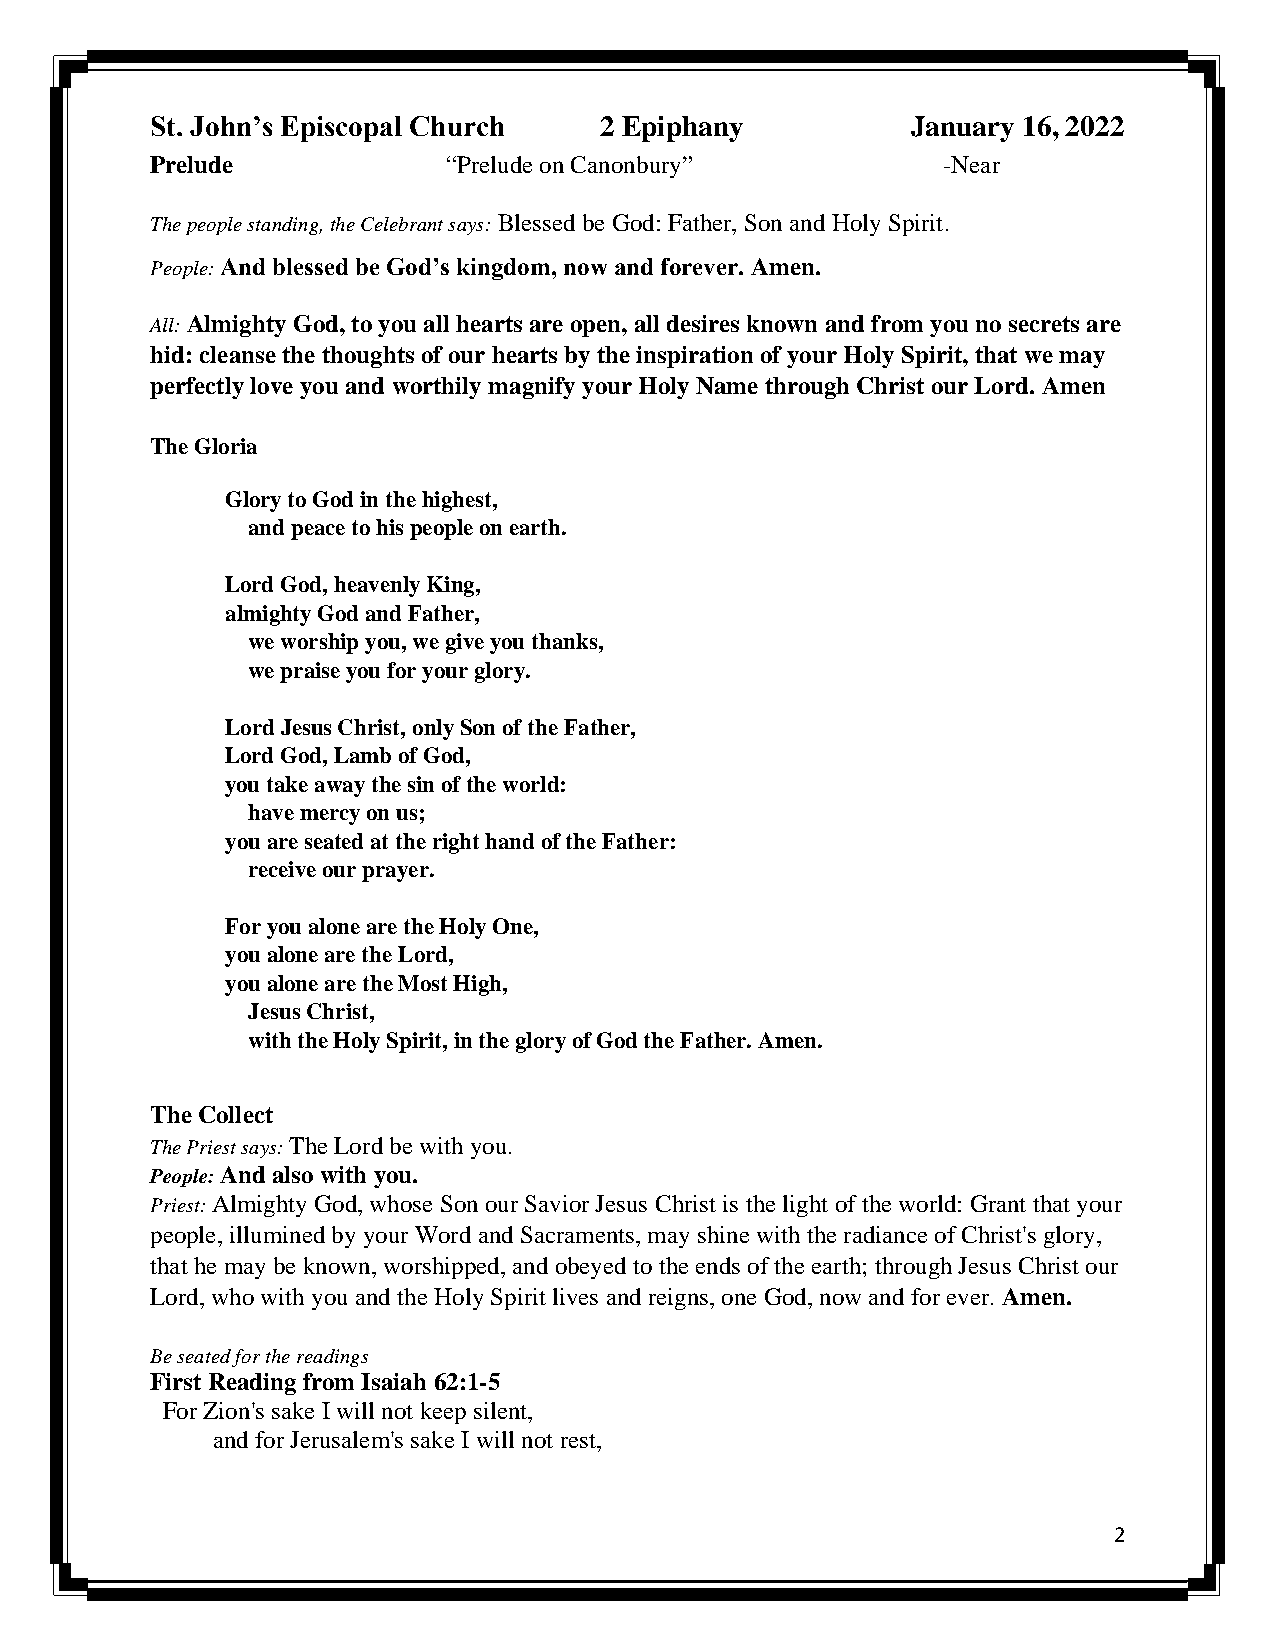
St. John’s Episcopal Church   2 Epiphany          January 16, 2022
 Prelude             “Prelude on Canonbury”          -Near
 The people standing, the Celebrant says: Blessed be God: Father, Son and Holy Spirit.
 People: And blessed be God’s kingdom, now and forever. Amen.
 All: Almighty God, to you all hearts are open, all desires known and from you no secrets are
 hid: cleanse the thoughts of our hearts by the inspiration of your Holy Spirit, that we may
 perfectly love you and worthily magnify your Holy Name through Christ our Lord. Amen
 The Gloria
 Glory to God in the highest,
 and peace to his people on earth.
 Lord God, heavenly King,
 almighty God and Father,
 we worship you, we give you thanks,
 we praise you for your glory.
 Lord Jesus Christ, only Son of the Father,
 Lord God, Lamb of God,
 you take away the sin of the world:
 have mercy on us;
 you are seated at the right hand of the Father:
 receive our prayer.
 For you alone are the Holy One,
 you alone are the Lord,
 you alone are the Most High,
 Jesus Christ,
 with the Holy Spirit, in the glory of God the Father. Amen.
 The Collect
 The Priest says: The Lord be with you.
 People: And also with you.
 Priest: Almighty God, whose Son our Savior Jesus Christ is the light of the world: Grant that your
 people, illumined by your Word and Sacraments, may shine with the radiance of Christ's glory,
 that he may be known, worshipped, and obeyed to the ends of the earth; through Jesus Christ our
 Lord, who with you and the Holy Spirit lives and reigns, one God, now and for ever. Amen.
 Be seated for the readings
 First Reading from Isaiah 62:1-5
 For Zion's sake I will not keep silent,
 and for Jerusalem's sake I will not rest,
 2